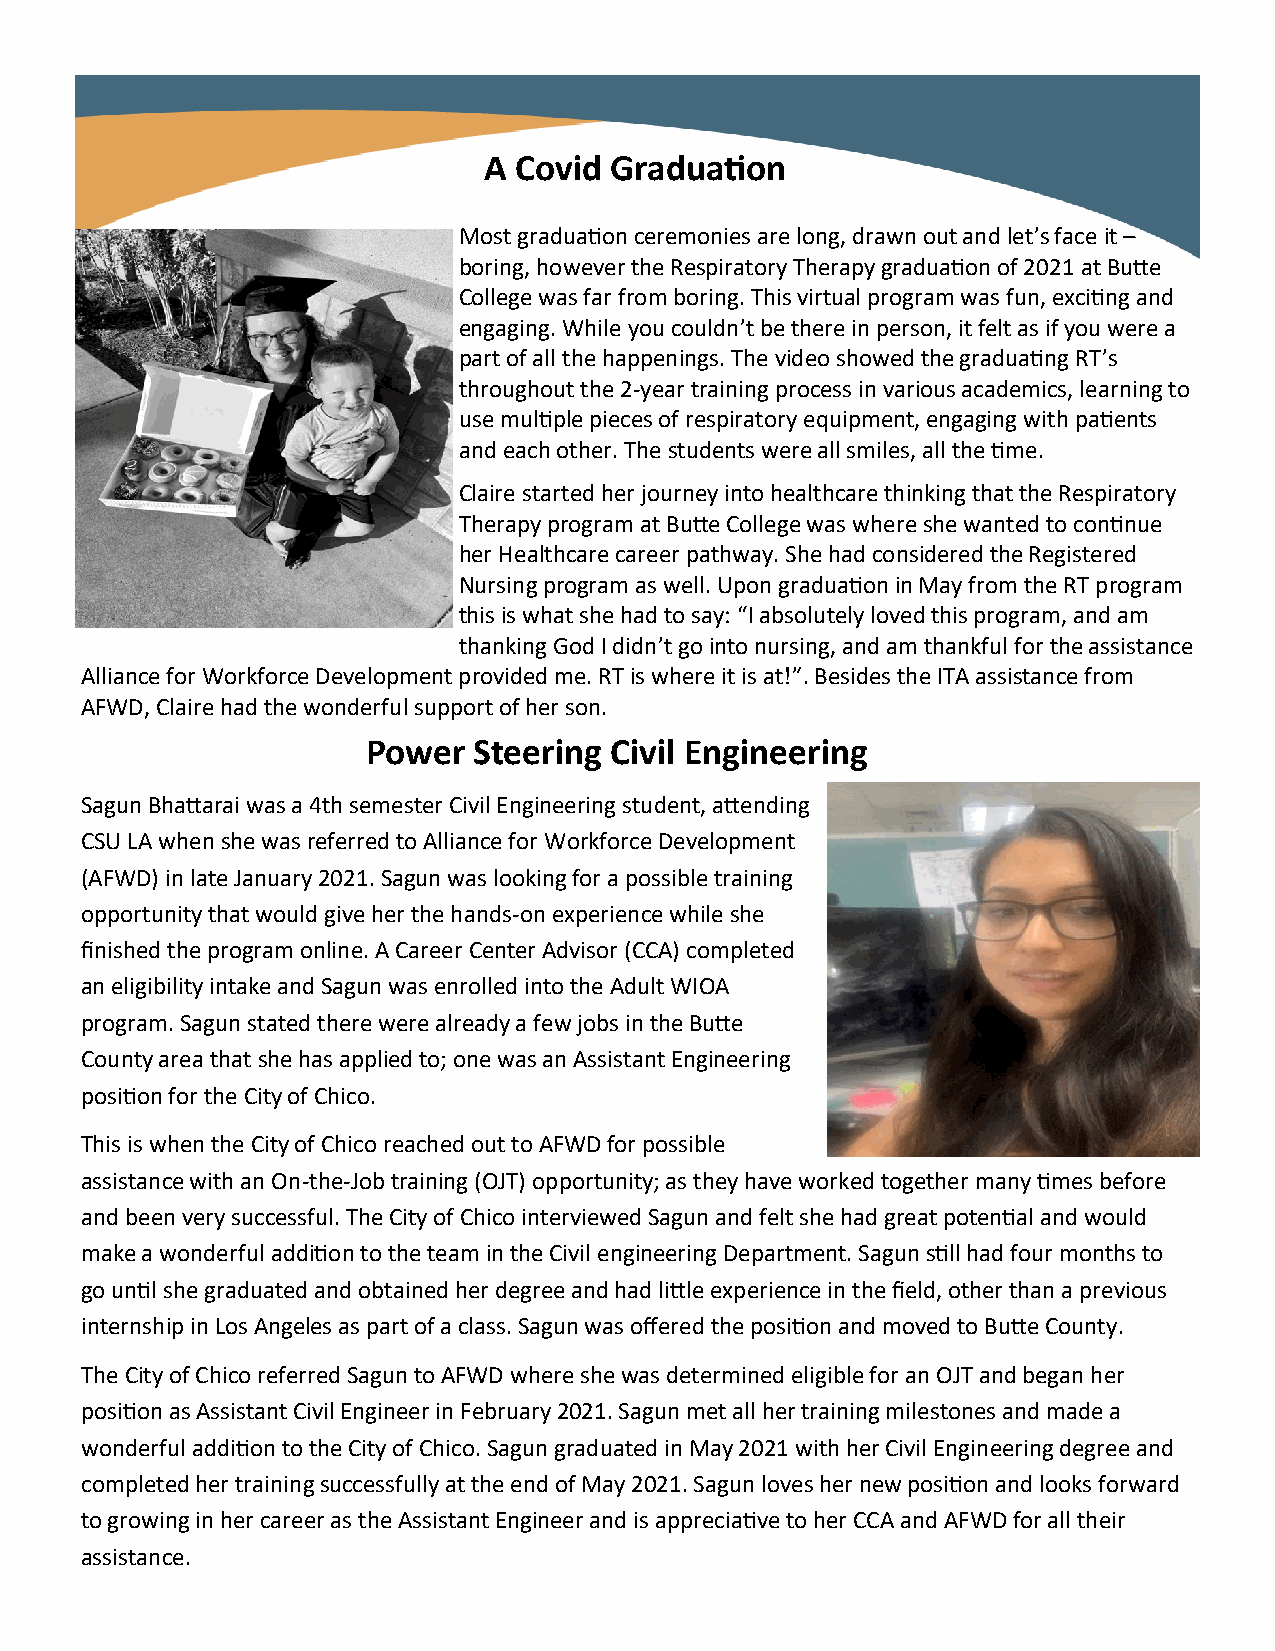
A Covid Graduation
 Most graduation ceremonies are long, drawn out and let’s face it –
 boring, however the Respiratory Therapy graduation of 2021 at Butte
 College was far from boring. This virtual program was fun, exciting and
 engaging. While you couldn’t be there in person, it felt as if you were a
 part of all the happenings. The video showed the graduating RT’s
 throughout the 2-year training process in various academics, learning to
 use multiple pieces of respiratory equipment, engaging with patients
 and each other. The students were all smiles, all the time.
 Claire started her journey into healthcare thinking that the Respiratory
 Therapy program at Butte College was where she wanted to continue
 her Healthcare career pathway. She had considered the Registered
 Nursing program as well. Upon graduation in May from the RT program
 this is what she had to say: “I absolutely loved this program, and am
 thanking God I didn’t go into nursing, and am thankful for the assistance
 Alliance for Workforce Development provided me. RT is where it is at!”. Besides the ITA assistance from
 AFWD, Claire had the wonderful support of her son.
 Power  Steering Civil Engineering
 Sagun Bhattarai was a 4th semester Civil Engineering student, attending
 CSU LA when she was referred to Alliance for Workforce Development
 (AFWD) in late January 2021. Sagun was looking for a possible training
 opportunity that would give her the hands-on experience while she
 finished the program online. A Career Center Advisor (CCA) completed
 an eligibility intake and Sagun was enrolled into the Adult WIOA
 program. Sagun stated there were already a few jobs in the Butte
 County area that she has applied to; one was an Assistant Engineering
 position for the City of Chico.
 This is when the City of Chico reached out to AFWD for possible
 assistance with an On-the-Job training (OJT) opportunity; as they have worked together many times before
 and been very successful. The City of Chico interviewed Sagun and felt she had great potential and would
 make a wonderful addition to the team in the Civil engineering Department. Sagun still had four months to
 go until she graduated and obtained her degree and had little experience in the field, other than a previous
 internship in Los Angeles as part of a class. Sagun was offered the position and moved to Butte County.
 The City of Chico referred Sagun to AFWD where she was determined eligible for an OJT and began her
 position as Assistant Civil Engineer in February 2021. Sagun met all her training milestones and made a
 wonderful addition to the City of Chico. Sagun graduated in May 2021 with her Civil Engineering degree and
 completed her training successfully at the end of May 2021. Sagun loves her new position and looks forward
 to growing in her career as the Assistant Engineer and is appreciative to her CCA and AFWD for all their
 assistance.